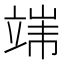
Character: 𱷪